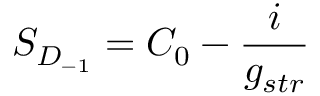
S _ { D _ { - 1 } } = C _ { 0 } - { \frac { i } { g _ { s t r } } }